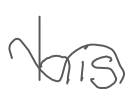
Text: his
Cross-out: wave
Writing tool: digital_gray